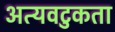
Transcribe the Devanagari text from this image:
अत्यवटुकता